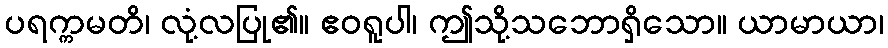
ပရက္ကမတိ၊ လုံ့လပြု၏။ ဧဝရူပါ၊ ဤသို့သဘောရှိသော။ ယာမာယာ၊